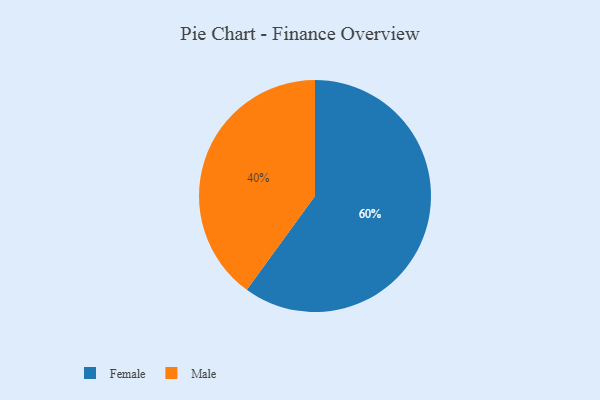
{"axis": {"x": "Category", "y": "Percentage"}, "legend": ["Female", "Male"], "data": [{"x": "Female", "y": 60, "type": "Female"}, {"x": "Male", "y": 40, "type": "Male"}]}